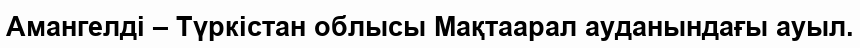
Амангелді – Түркістан облысы Мақтаарал ауданындағы ауыл.